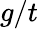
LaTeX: g/t